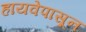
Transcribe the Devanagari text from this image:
हायवेपासून